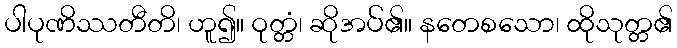
ပါပုဏိဿတီတိ၊ ဟူ၍။ ဝုတ္တံ၊ ဆိုအပ်၏။ နတေစသော၊ ထိုသုတ္တ၏